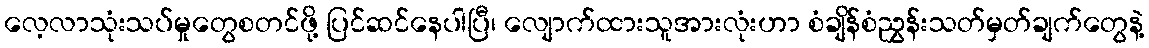
လေ့လာသုံးသပ်မှုတွေစတင်ဖို့ ပြင်ဆင်နေပါပြီ၊ လျောက်ထားသူအားလုံးဟာ စံချိန်စံညွှန်းသတ်မှတ်ချက်တွေနဲ့